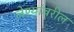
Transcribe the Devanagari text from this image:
लेण्यांवरील